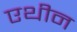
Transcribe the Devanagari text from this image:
एथीन